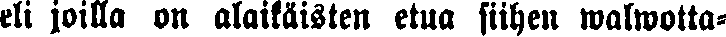
eli joilla on alaikäisten etua siihen walwotta-